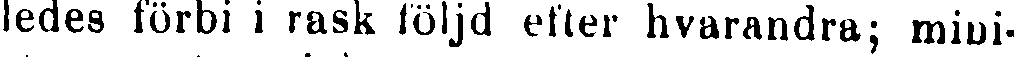
ledes förbi i rask följd efter hvarandra; mini-